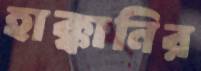
হাক্কানির